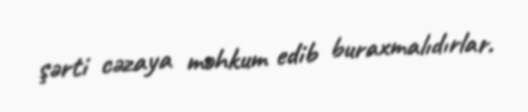
şərti cəzaya məhkum edib buraxmalıdırlar.